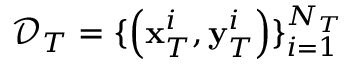
\mathcal { D } _ { T } = \{ \left( \mathbf { x } _ { T } ^ { i } , \mathbf { y } _ { T } ^ { i } \right) \} _ { i = 1 } ^ { N _ { T } }